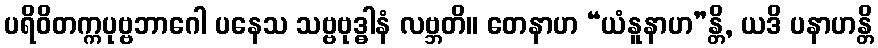
ပရိဝိတက္ကပုဗ္ဗဘာဂေါ ပနေသ သဗ္ဗဗုဒ္ဓါနံ လဗ္ဘတိ။ တေနာဟ “ယံနူနာဟ”န္တိ, ယဒိ ပနာဟန္တိ